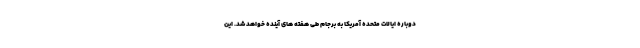
دوباره ایالات متحده آمریکا به برجام طی هفته های آینده خواهد شد. این